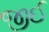
જીઈ